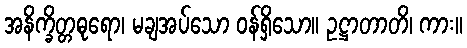
အနိက္ခိတ္တဓုရော၊ မချအပ်သော ဝန်ရှိသော။ ဥဋ္ဌာတာတိ၊ ကား။